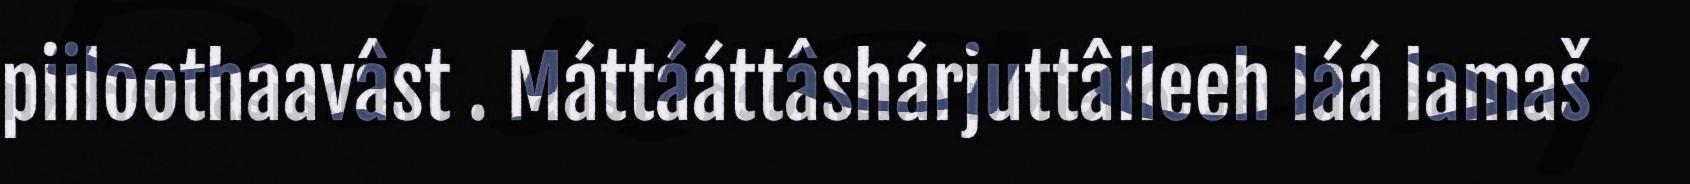
piiloothaavâst . Máttááttâshárjuttâlleeh láá lamaš